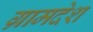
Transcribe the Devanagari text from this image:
ग्रामदेश